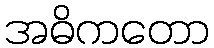
အဓိကတော